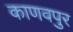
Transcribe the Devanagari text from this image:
काणवपुर